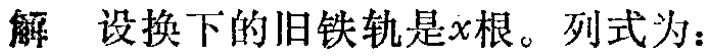
解 设换下的旧铁轨是\(x\)根。列式为：